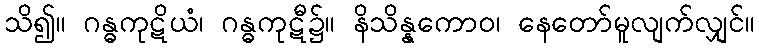
သိ၍။ ဂန္ဓကုဋိယံ၊ ဂန္ဓကုဋီ၌။ နိသိန္နကောဝ၊ နေတော်မူလျက်လျှင်။